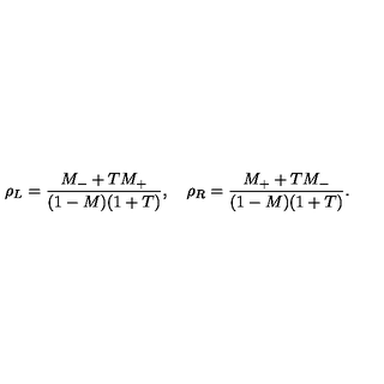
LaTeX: \rho _ { L } = \frac { M _ { - } + T M _ { + } } { ( 1 - M ) ( 1 + T ) } , \quad \rho _ { R } = \frac { M _ { + } + T M _ { - } } { ( 1 - M ) ( 1 + T ) } .